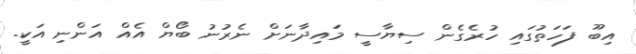
އިބޫ ފަހަތުގައި ހުރެގެން ސިޔާސީ މައިދާނަށް ނެރުނު ބޯޔް އެއް އަންނި އަކީ.